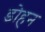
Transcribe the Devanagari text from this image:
डोहन